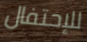
للإحتفال